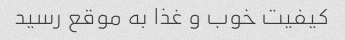
کیفیت خوب و غذا به موقع رسید